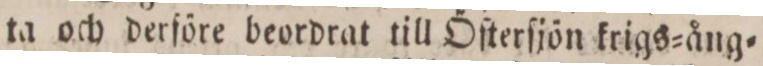
ta och derföre beordrat till Öſterſjön krigs=ång=